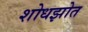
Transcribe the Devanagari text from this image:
शोधझोत